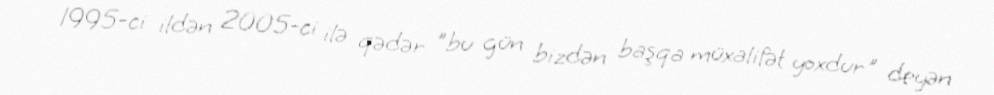
1995-ci ildən 2005-ci ilə qədər ”bu gün bizdən başqa müxalifət yoxdur" deyən